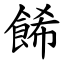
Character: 餙